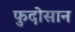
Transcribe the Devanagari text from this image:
फुदोसान